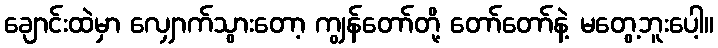
ချောင်းထဲမှာ လျှောက်သွားတော့ ကျွန်တော်တို့ တော်တော်နဲ့ မတွေ့ဘူးပေါ့။